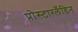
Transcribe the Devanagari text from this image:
प्रोस्टाग्लँडिन